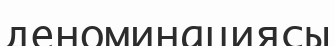
деноминациясы